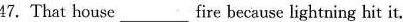
47.That house ___ fire because lightning hit it.